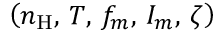
\left( n _ { \mathrm { H } } , \, T , \, f _ { m } , \, I _ { m } , \, \zeta \right)